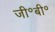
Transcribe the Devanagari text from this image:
जी॰बी॰